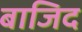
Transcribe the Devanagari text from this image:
बाजिद